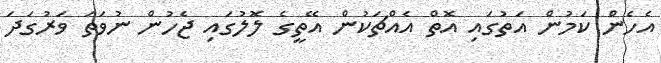
އެހެން ކަމުން އަތުގައި އޮތް އެއްޗަކުން އޭތީގެ ލޮލުގައި ޖެހުން ނުވަތަ ވަރުގަދަ